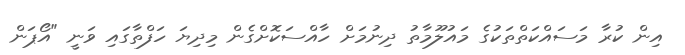
އިން ކުރާ މަސައްކަތްތަކުގެ މައުލޫމާތު ދިނުމަށް ހާއްސަކޮށްގެން މިދިޔަ ހަފްތާގައި ވަނީ "އޯޕަން